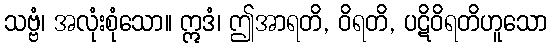
သဗ္ဗံ၊ အလုံးစုံသော။ ဣဒံ၊ ဤအာရတိ, ဝိရတိ, ပဋိဝိရတိဟူသော